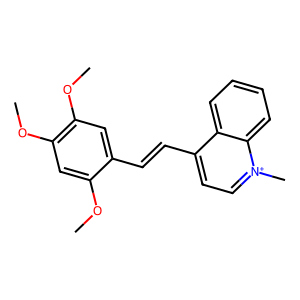
SMILES: COc1cc(OC)c(OC)cc1C=Cc1cc[n+](C)c2ccccc12
Inhibits HIV replication: No